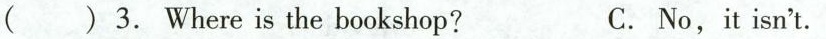
( ) 3. Where is the bookshop? C. No,it isn't.